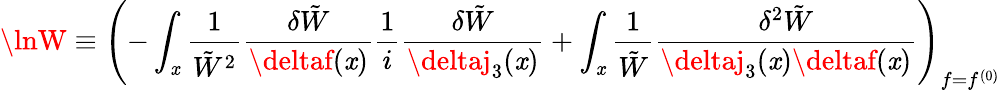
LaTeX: \lnW\equiv\left(-\int_{\mathit{x}}\frac{{1}}{{\tilde{{W}}^{2}}}\frac{{\delta\tilde{{W}}}}{{\deltaf(\mathit{x})}}\frac{1}{i}\frac{{\delta\tilde{{W}}}}{{\deltaj_{3}(\mathit{x})}}+\int_{\mathit{x}}\frac{{1}}{{\tilde{{W}}}}\frac{{\delta^{2}\tilde{{W}}}}{{\deltaj_{3}(\mathit{x})\deltaf(\mathit{x})}}\right)_{f=f^{(0)}}